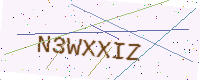
Text: N3WXXIZ